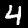
Digit: 4